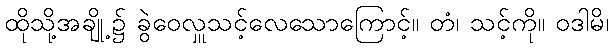
ထိုသို့အချို့၌ ခွဲဝေလှူသင့်လေသောကြောင့်။ တံ၊ သင့်ကို။ ဝဒါမိ၊